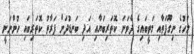
މަހުގެ ނިގޫފަތާއި މަތީބައިގެ ދެވަނަ ކޮތަރިބަޔާއި އަދި ބަނޑުދަށް ފަރާތު ކޮތަރިބައި ހުންނަނީ